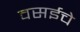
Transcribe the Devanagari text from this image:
वसईचे